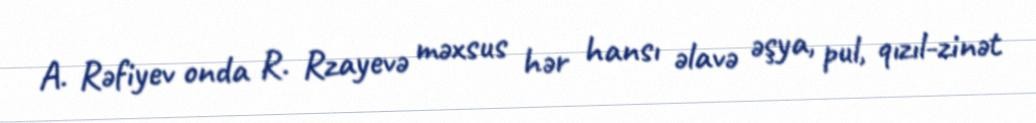
A. Rəfiyev onda R. Rzayevə məxsus hər hansı əlavə əşya, pul, qızıl-zinət